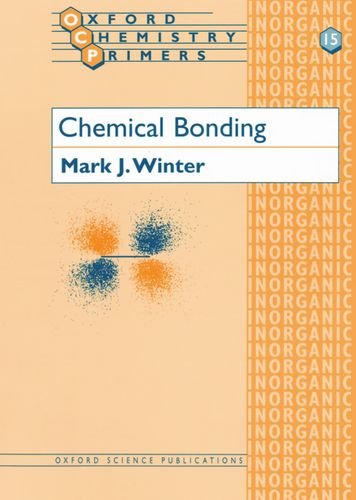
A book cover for Chemical Bonding (Oxford Chemistry Primers); Mark J. Winter; Science & Math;